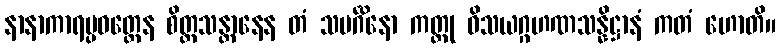
နာနာကာရပ္ပဝတ္တေန စိတ္တသန္တာနေန တံ သမင်္ဂိနော ကတ္တု ဝိသယဂ္ဂဟဏသန္နိဋ္ဌာနံ ကတံ ဟောတိ။